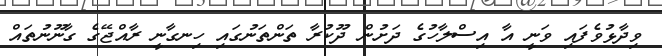
ވިދާޅުވެފައި ވަނީ އާ އިސްލާހުގެ ދަށުން ދޫކުރާ ތަންތަނުގައި ހިނގާނީ ރާއްޖޭގެ ގާނޫނުތައް